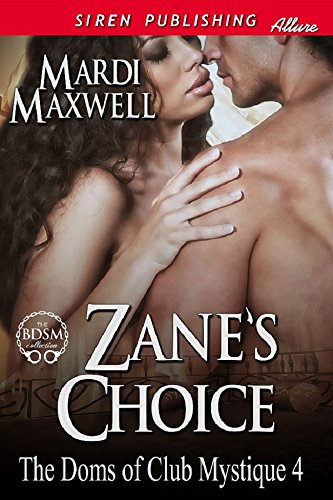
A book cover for Zane's Choice [The Doms of Club Mystique 4] (Siren Publishing Allure); Mardi Maxwell; Romance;